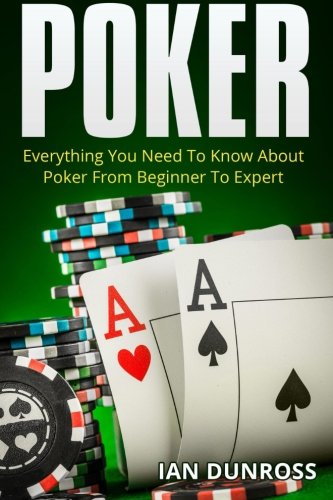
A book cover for Poker: Everything You Need To Know About Poker From Beginner To Expert; Ian Dunross; Humor & Entertainment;